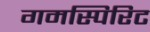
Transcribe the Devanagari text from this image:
गमस्पिरिट